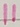
Text: 11